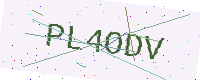
Text: PL4ODV